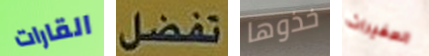
القارات تفضل خذوها الصغيرات